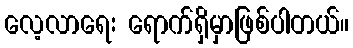
လေ့လာရေး ရောက်ရှိမှာဖြစ်ပါတယ်။